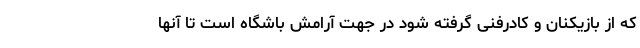
که از بازیکنان و کادرفنی گرفته شود در جهت آرامش باشگاه است تا آنها